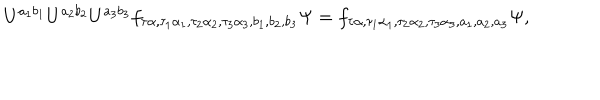
LaTeX: U ^ { a _ { 1 } b _ { 1 } } U ^ { a _ { 2 } b _ { 2 } } U ^ { a _ { 3 } b _ { 3 } } f _ { \tau \alpha , \tau _ { 1 } \alpha _ { 1 } , \tau _ { 2 } \alpha _ { 2 } , \tau _ { 3 } \alpha _ { 3 } , b _ { 1 } , b _ { 2 } , b _ { 3 } } \Psi = f _ { \tau \alpha , \tau _ { 1 } \alpha _ { 1 } , \tau _ { 2 } \alpha _ { 2 } , \tau _ { 3 } \alpha _ { 3 } , a _ { 1 } , a _ { 2 } , a _ { 3 } } \Psi ,